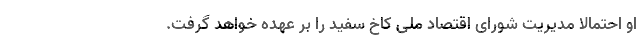
او احتمالا مدیریت شورای اقتصاد ملی کاخ سفید را بر عهده خواهد گرفت.